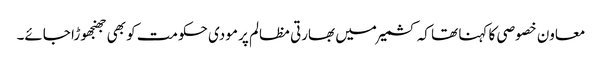
معاون خصوصی کا کہنا تھا کہ کشمیر میں بھارتی مظالم پر مودی حکومت کو بھی جھنجھوڑا جائے۔